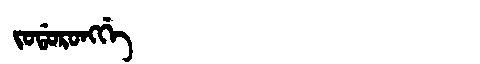
Manchu: ᠵᠣᡩᠣᡵᠣᠩᡤᡝ
Romanization: JODORONGGE